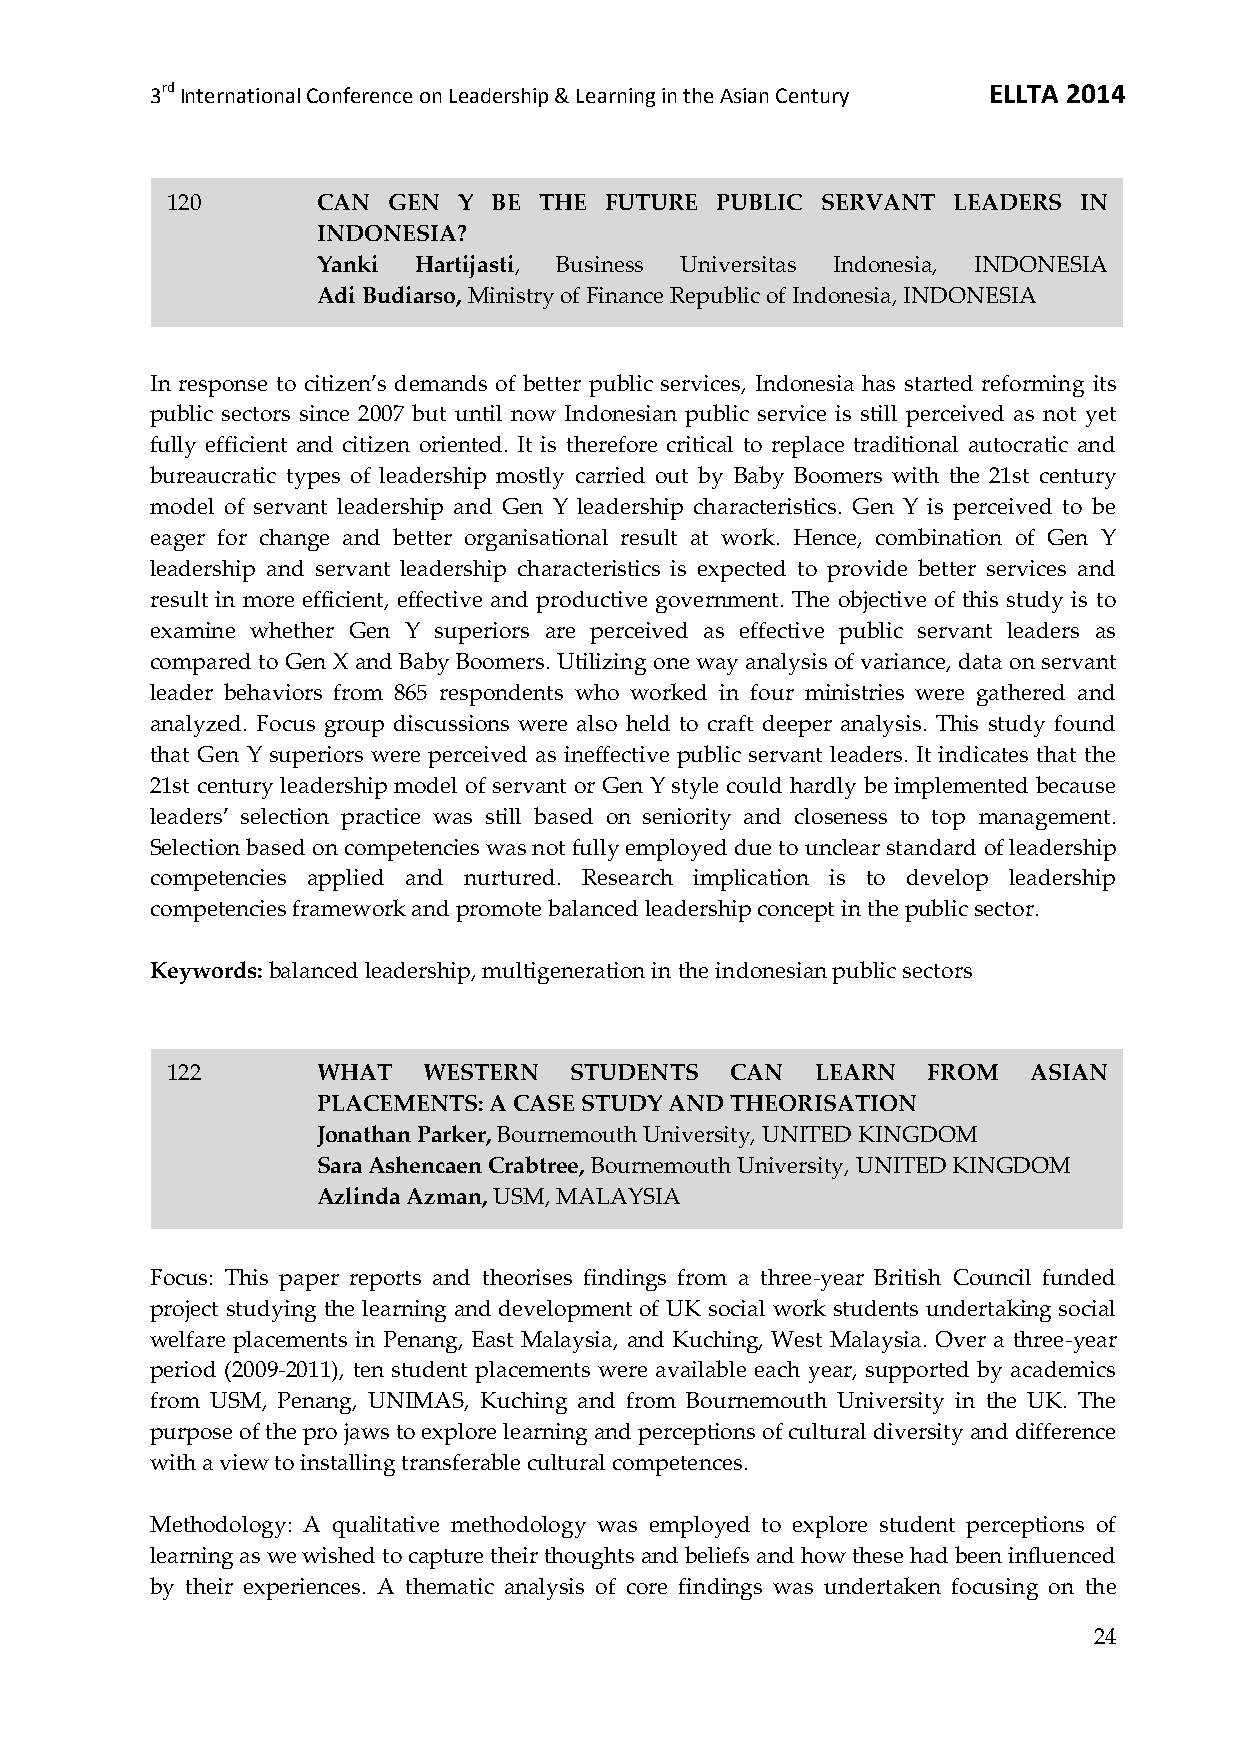
3rd International Conference on Leadership & Learning in the Asian Century ELLTA 2014
 120       CAN  GEN Y  BE THE FUTURE PUBLIC SERVANT  LEADERS IN
 INDONESIA?
 Yanki Hartijasti, Business Universitas Indonesia, INDONESIA
 Adi Budiarso, Ministry of Finance Republic of Indonesia, INDONESIA
 In response to citizen’s demands of better public services, Indonesia has started reforming its
 public sectors since 2007 but until now Indonesian public service is still perceived as not yet
 fully efficient and citizen oriented. It is therefore critical to replace traditional autocratic and
 bureaucratic types of leadership mostly carried out by Baby Boomers with the 21st century
 model of servant leadership and Gen Y leadership characteristics. Gen Y is perceived to be
 eager for change and better organisational result at work. Hence, combination of Gen Y
 leadership and servant leadership characteristics is expected to provide better services and
 result in more efficient, effective and productive government. The objective of this study is to
 examine whether Gen Y superiors are perceived as effective public servant leaders as
 compared to Gen X and Baby Boomers. Utilizing one way analysis of variance, data on servant
 leader behaviors from 865 respondents who worked in four ministries were gathered and
 analyzed. Focus group discussions were also held to craft deeper analysis. This study found
 that Gen Y superiors were perceived as ineffective public servant leaders. It indicates that the
 21st century leadership model of servant or Gen Y style could hardly be implemented because
 leaders’ selection practice was still based on seniority and closeness to top management.
 Selection based on competencies was not fully employed due to unclear standard of leadership
 competencies applied and nurtured. Research implication is to develop leadership
 competencies framework and promote balanced leadership concept in the public sector.
 Keywords: balanced leadership, multigeneration in the indonesian public sectors
 122       WHAT   WESTERN   STUDENTS  CAN   LEARN  FROM   ASIAN
 PLACEMENTS: A CASE STUDY AND THEORISATION
 Jonathan Parker, Bournemouth University, UNITED KINGDOM
 Sara Ashencaen Crabtree, Bournemouth University, UNITED KINGDOM
 Azlinda Azman, USM, MALAYSIA
 Focus: This paper reports and theorises findings from a three-year British Council funded
 project studying the learning and development of UK social work students undertaking social
 welfare placements in Penang, East Malaysia, and Kuching, West Malaysia. Over a three-year
 period (2009-2011), ten student placements were available each year, supported by academics
 from USM, Penang, UNIMAS, Kuching and from Bournemouth University in the UK. The
 purpose of the pro jaws to explore learning and perceptions of cultural diversity and difference
 with a view to installing transferable cultural competences.
 Methodology: A qualitative methodology was employed to explore student perceptions of
 learning as we wished to capture their thoughts and beliefs and how these had been influenced
 by their experiences. A thematic analysis of core findings was undertaken focusing on the
 24